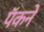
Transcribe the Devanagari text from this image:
पॅकने